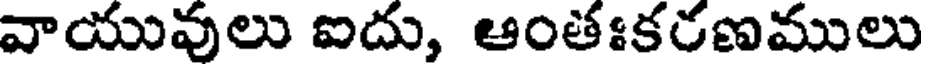
వాయువులు ఐదు, ఆంతఃకరణములు